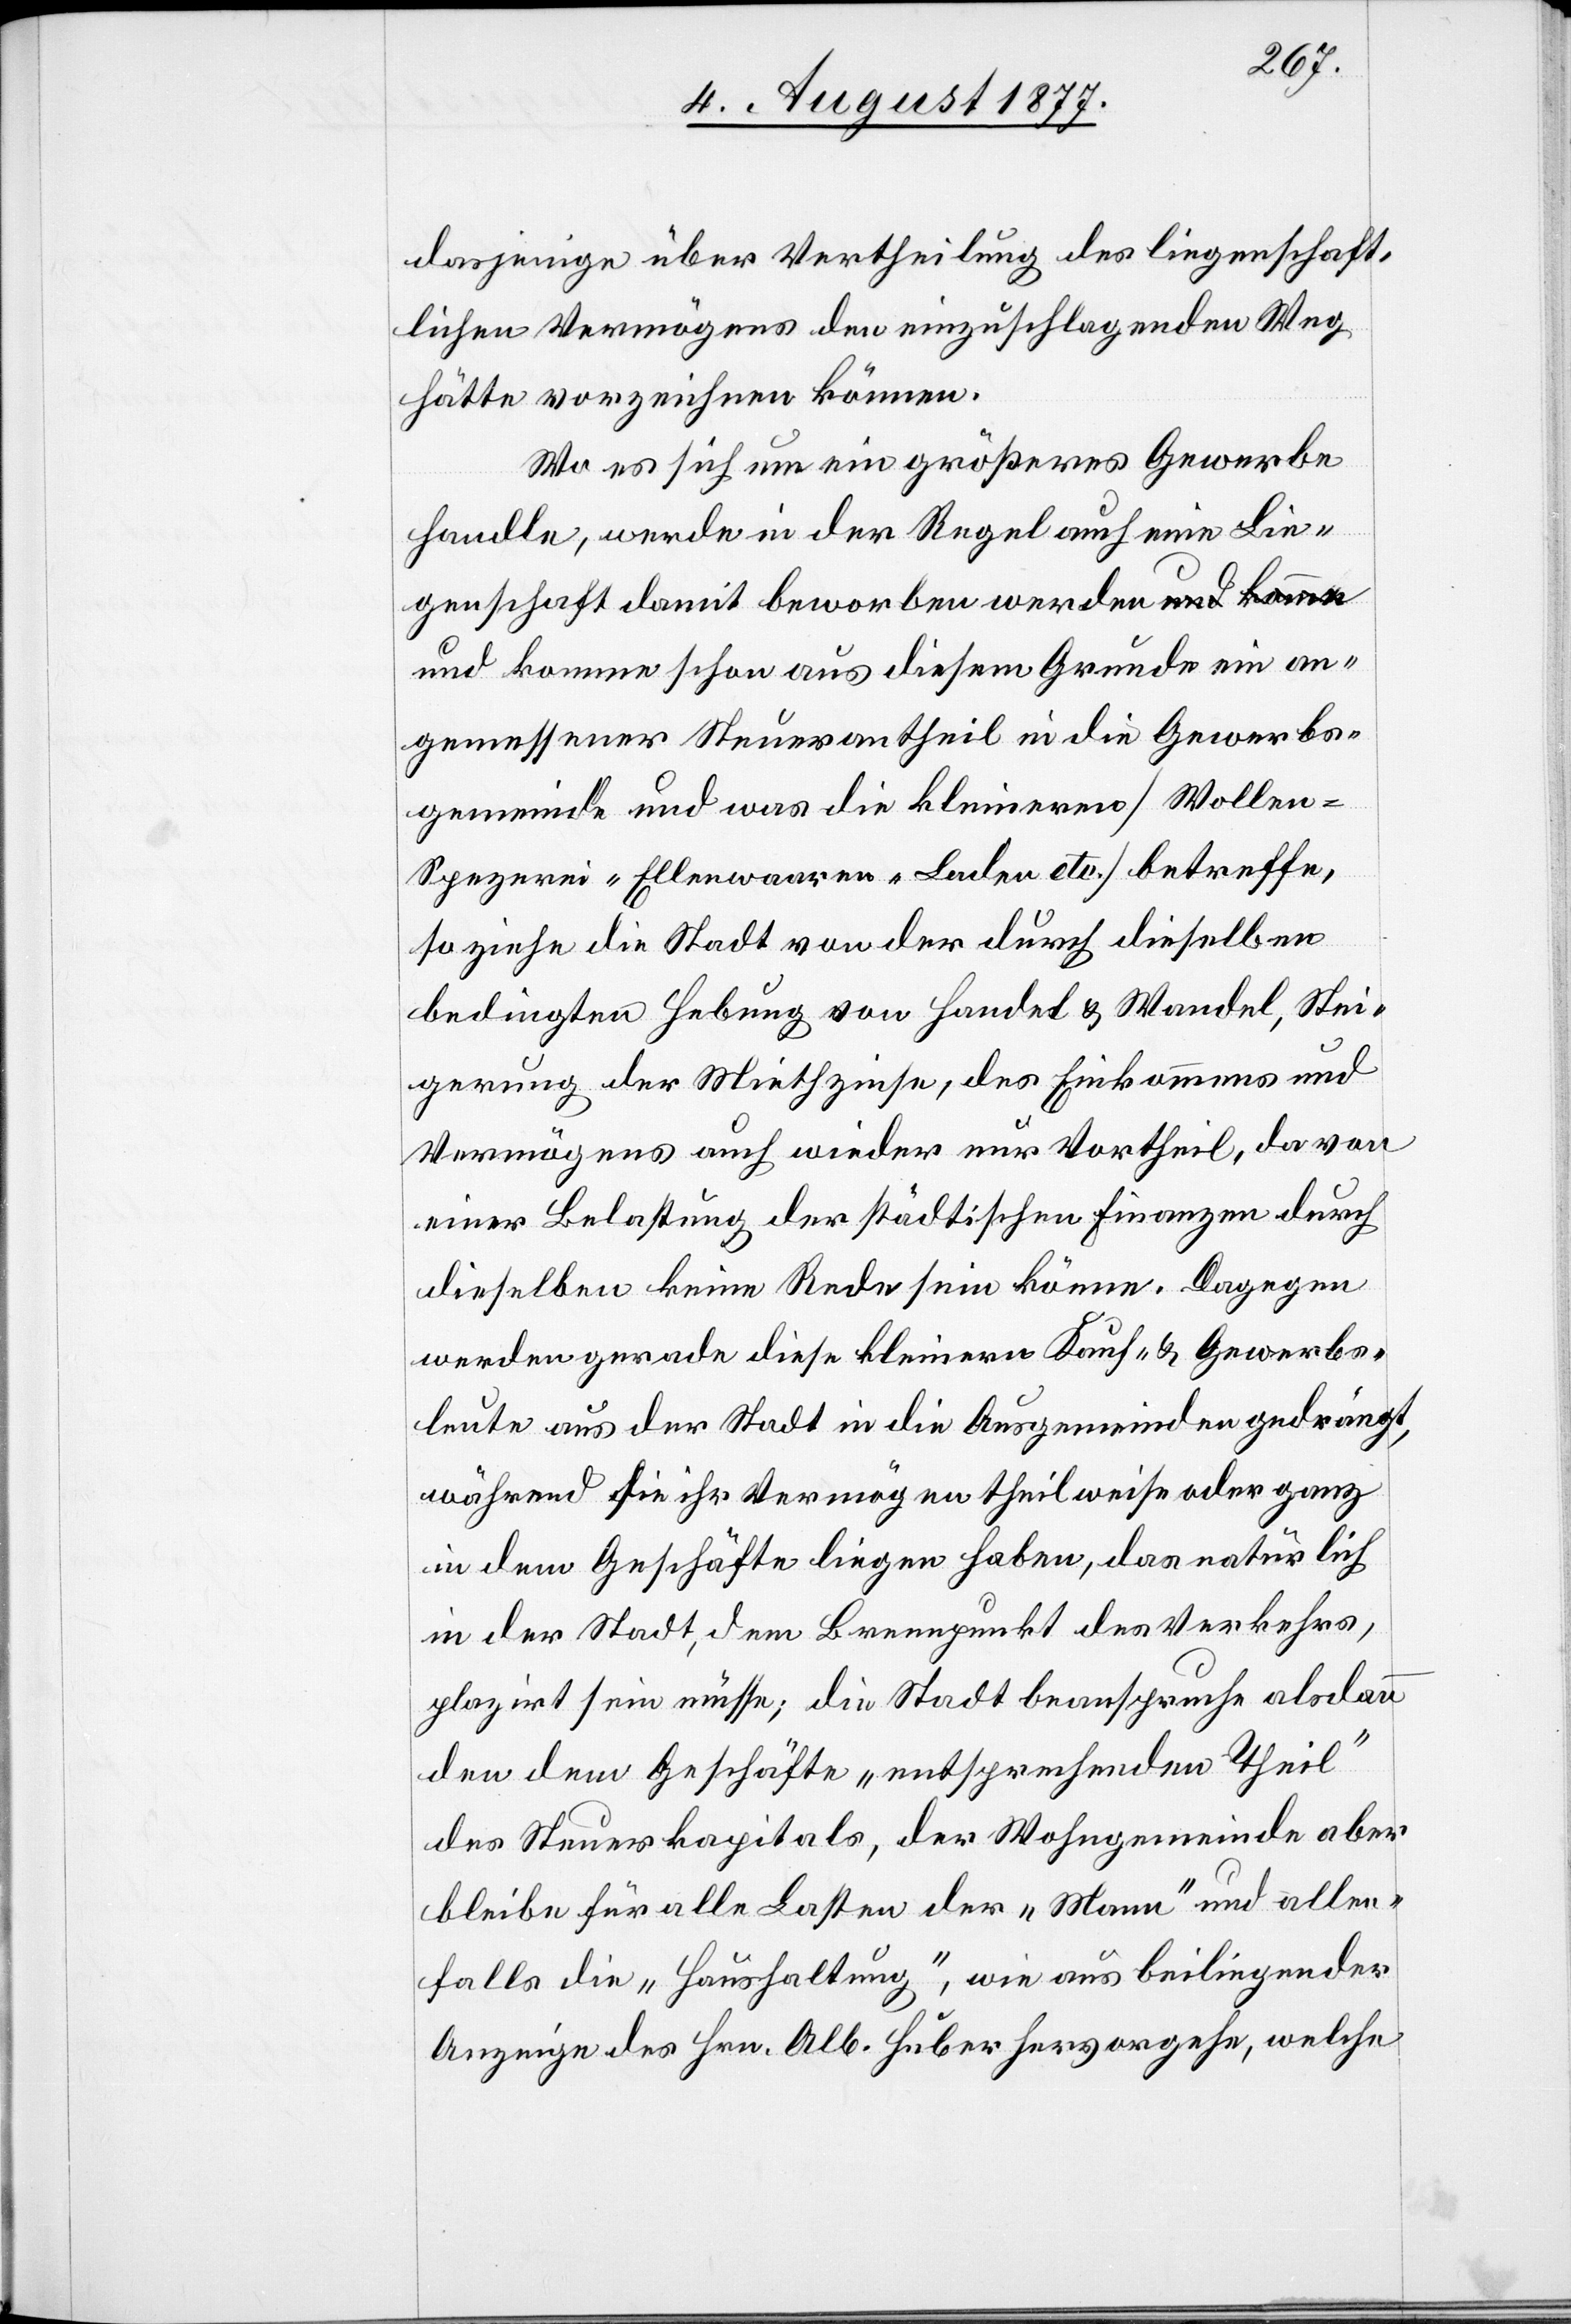
dasjenige über Vertheilung des liegenschaft¬
lichen Vermögens den einzuschlagenden Weg
hätte vorzeichnen können.
Wo es sich um ein größeres Gewerbe
handle, werde in der Regel auch eine Lie¬
genschaft damit beworben werden und komme
angemessener Steuerantheil in die Gewerbs¬
gemeinde und was die kleineren [Wollen-[,]
Spezerei-[,] Ellenwaaren-Laden etc.] betreffe,
so ziehe die Stadt von der durch dieselben
bedingten Hebung von Handel & Wandel, Stei¬
gerung der Miethzinse, des Einkommens und
Vermögens auch wieder nur Vortheil, da von
einer Belastung der städtischen Finanzen durch
dieselben keine Rede sein könne. Dagegen
werden gerade diese kleinern Kauf- & Gewerbs¬
leute aus der Stadt in die Ausgemeinden gedrängt,
während sie ihr Vermögen theilweise oder ganz
in dem Geschäfte liegen haben, das natürlich
in der Stadt, dem Brennpunkt des Verkehrs,
plazirt sein müsse; die Stadt beanspruche alsdann
den dem Geschäfte „entsprechenden Theil“
des Steuerkapitals, der Wohngemeinde aber
bleibe für alle Lasten der „Mann“ und allen¬
falls die „Haushaltung“, wie aus beiliegender
Anzeige des Hrn. Alb. Huber hervorgehe, welche